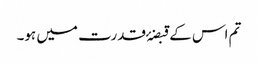
تم اس کے قبضۂ قدرت میں ہو۔